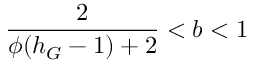
\frac { 2 } { \phi ( h _ { G } - 1 ) + 2 } < b < 1